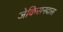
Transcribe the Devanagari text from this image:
जेकिसनदास